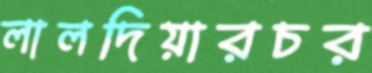
লালদিয়ারচর